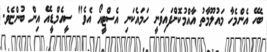
ބެހޭ އެންމެހާ މައުލޫމާތު އާއްމުކޮށްފައިވަނީ ހަމައެކަނި އެސްޓީއޯ އެވެ" ސީއެމްޑީއޭ އިން ބުންޏެވެ.